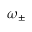
\omega _ { \pm }